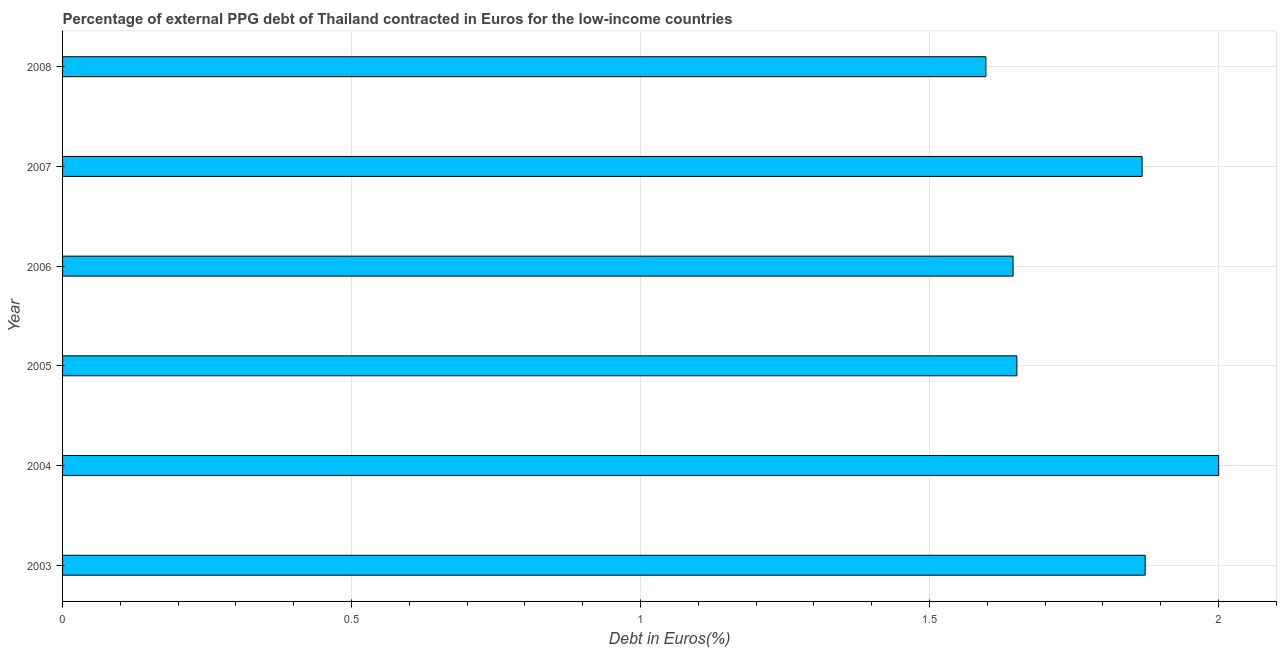
| Year | Currency composition of PPG debt |
 | --- | --- |
 | 2003 | 1.87 |
 | 2004 | 2 |
 | 2005 | 1.65 |
 | 2006 | 1.64 |
 | 2007 | 1.87 |
 | 2008 | 1.6 |